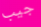
جيب